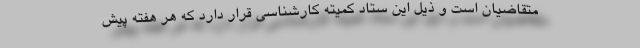
متقاضیان است و ذیل این ستاد کمیته کارشناسی قرار دارد که هر هفته پیش